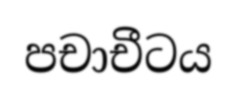
පචාචීටය